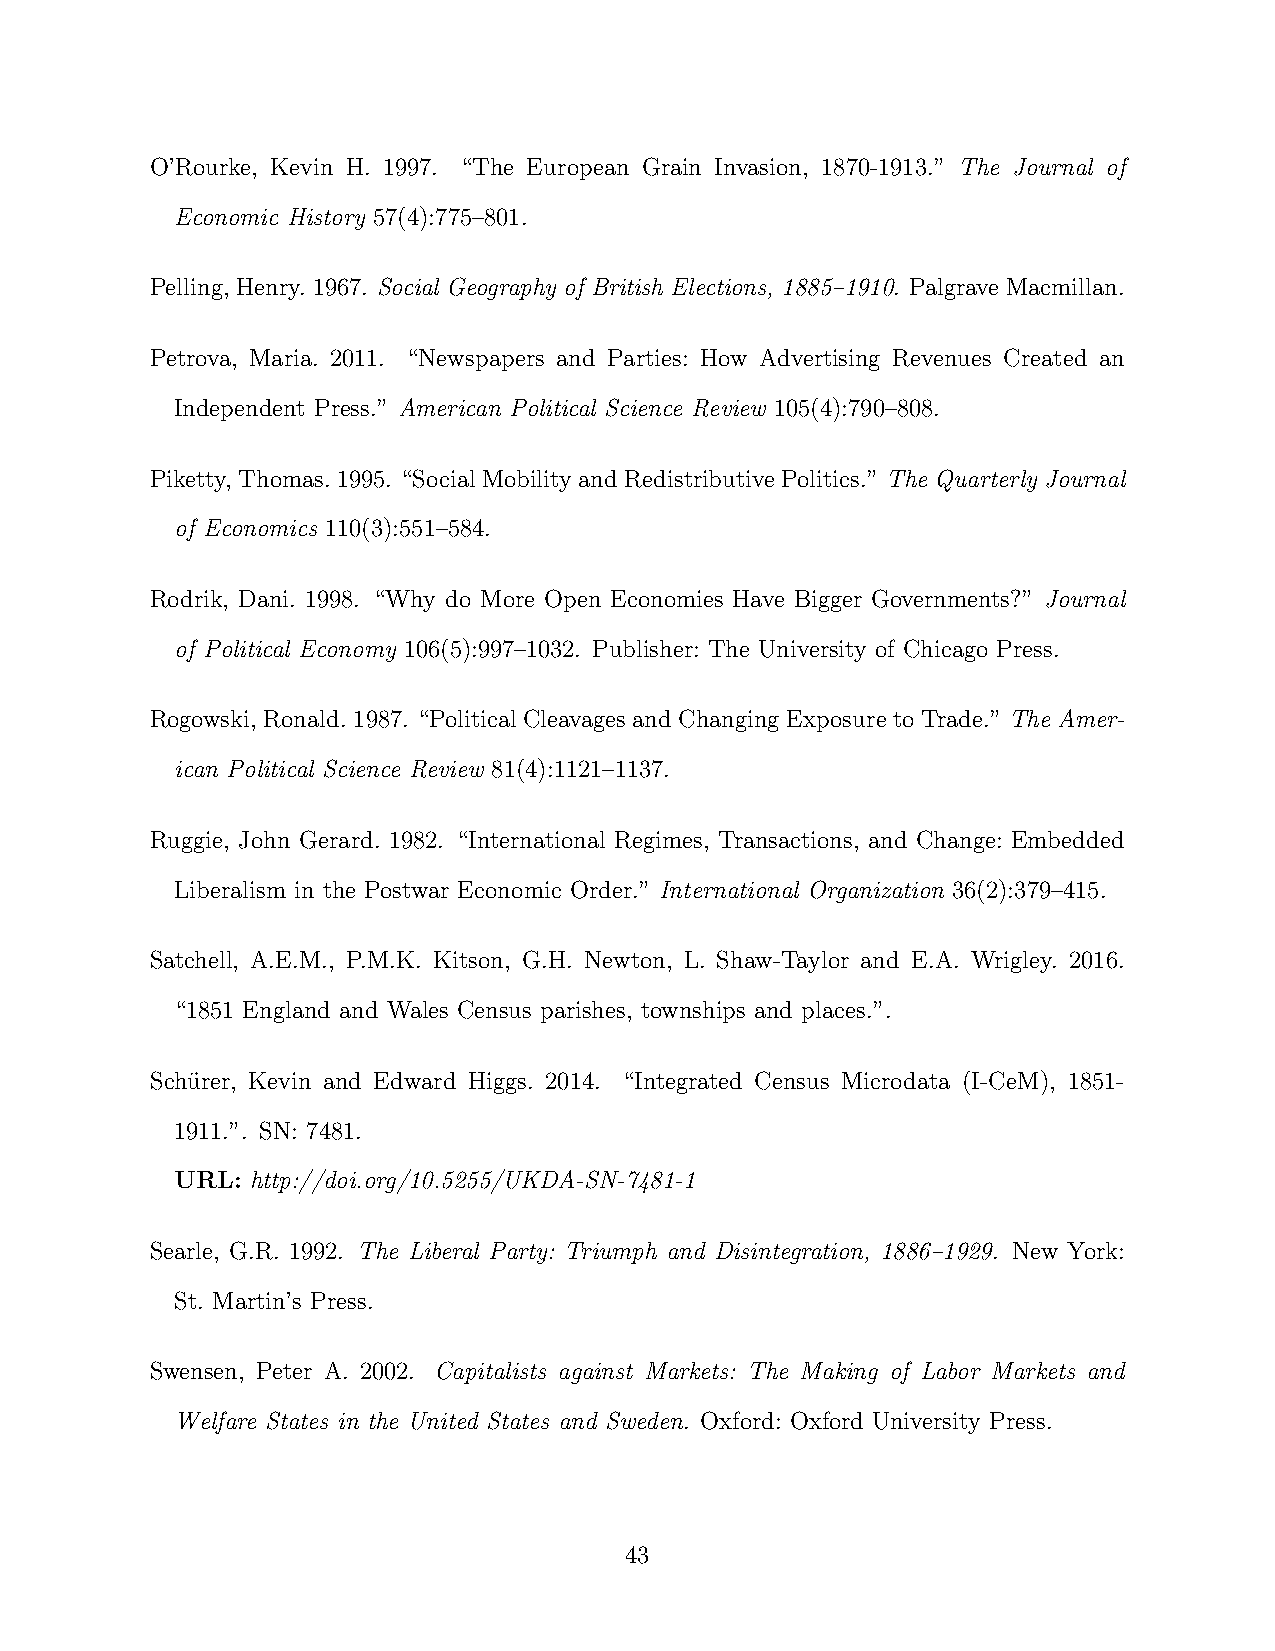
O’Rourke, Kevin H. 1997. “The European Grain Invasion, 1870-1913.” The Journal of
 Economic History 57(4):775–801.
 Pelling, Henry. 1967. Social Geography of British Elections, 1885–1910. Palgrave Macmillan.
 Petrova, Maria. 2011. “Newspapers and Parties: How Advertising Revenues Created an
 Independent Press.” American Political Science Review 105(4):790–808.
 Piketty, Thomas. 1995. “Social Mobility and Redistributive Politics.” The Quarterly Journal
 of Economics 110(3):551–584.
 Rodrik, Dani. 1998. “Why do More Open Economies Have Bigger Governments?” Journal
 of Political Economy 106(5):997–1032. Publisher: The University of Chicago Press.
 Rogowski, Ronald. 1987. “Political Cleavages and Changing Exposure to Trade.” The Amer-
 ican Political Science Review 81(4):1121–1137.
 Ruggie, John Gerard. 1982. “International Regimes, Transactions, and Change: Embedded
 Liberalism in the Postwar Economic Order.” International Organization 36(2):379–415.
 Satchell, A.E.M., P.M.K. Kitson, G.H. Newton, L. Shaw-Taylor and E.A. Wrigley. 2016.
 “1851 England and Wales Census parishes, townships and places.”.
 Schu¨rer, Kevin and Edward Higgs. 2014. “Integrated Census Microdata (I-CeM), 1851-
 1911.”. SN: 7481.
 URL: http://doi.org/10.5255/UKDA-SN-7481-1
 Searle, G.R. 1992. The Liberal Party: Triumph and Disintegration, 1886–1929. New York:
 St. Martin’s Press.
 Swensen, Peter A. 2002. Capitalists against Markets: The Making of Labor Markets and
 Welfare States in the United States and Sweden. Oxford: Oxford University Press.
 43